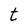
Character: t